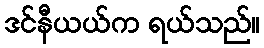
ဒင်နီယယ်က ရယ်သည်။